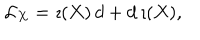
{ \cal L } _ { X } = \imath ( X ) \, d + d \, \imath ( X ) ,